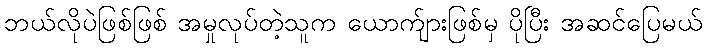
ဘယ်လိုပဲဖြစ်ဖြစ် အမှုလုပ်တဲ့သူက ယောက်ျားဖြစ်မှ ပိုပြီး အဆင်ပြေမယ်